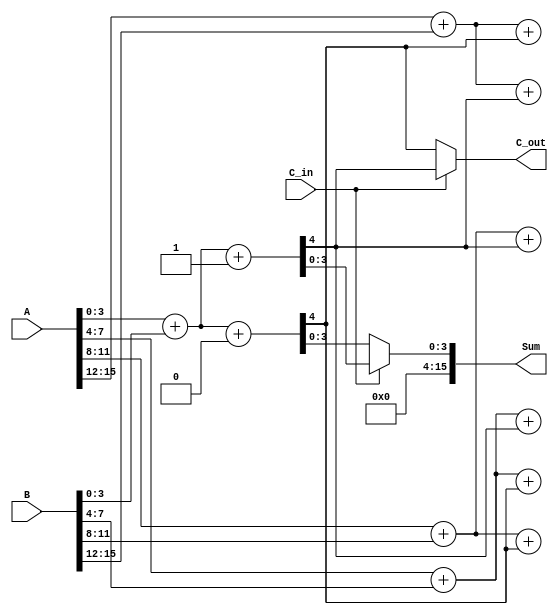
module DynamicCarrySelectAdder (
    input [15:0] A,      // 16-bit input A
    input [15:0] B,      // 16-bit input B
    input C_in,          // Carry input
    output [15:0] Sum,   // 16-bit sum output
    output C_out         // Carry output
);

    // Internal signals for carry and sum
    wire [3:0] sum0, sum1; // Sums assuming C_in = 0 and C_in = 1
    wire c0, c1;           // Carry outputs for each segment
    wire select;           // Select signal for multiplexers

    // Segment 0 (LSB)
    assign {c0, sum0[3:0]} = A[3:0] + B[3:0] + 0; // C_in = 0
    assign {c1, sum1[3:0]} = A[3:0] + B[3:0] + 1; // C_in = 1

    // Segment 1
    assign {c0, sum0[7:4]} = A[7:4] + B[7:4] + c0; // C_in = c0
    assign {c1, sum1[7:4]} = A[7:4] + B[7:4] + c1; // C_in = c1

    // Segment 2
    assign {c0, sum0[11:8]} = A[11:8] + B[11:8] + c0; // C_in = c0
    assign {c1, sum1[11:8]} = A[11:8] + B[11:8] + c1; // C_in = c1

    // Segment 3 (MSB)
    assign {c0, sum0[15:12]} = A[15:12] + B[15:12] + c0; // C_in = c0
    assign {c1, sum1[15:12]} = A[15:12] + B[15:12] + c1; // C_in = c1

    // Carry select logic
    assign select = C_in; // Select based on actual carry-in
    assign Sum = select ? sum1 : sum0; // Select the correct sum
    assign C_out = select ? c1 : c0; // Select the correct carry-out

endmodule